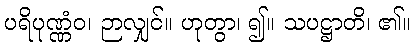
ပရိပုဏ္ဏံဝ၊ ဉာလျှင်။ ဟုတွာ၊ ၍။ သပဋ္ဌာတိ၊ ၏။